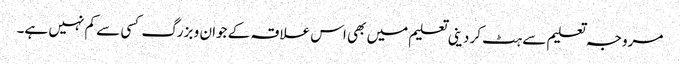
مروجہ تعلیم سے ہٹ کر دینی تعلیم میں بھی اس علاقہ کے جوان و بزرگ کسی سے کم نہیں ہے۔